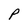
Character: P